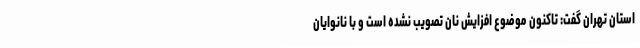
استان تهران گفت: تاکنون موضوع افزایش نان تصویب نشده است و با نانوایان